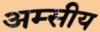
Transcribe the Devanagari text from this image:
अम्सीय